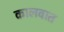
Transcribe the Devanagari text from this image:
कालवात